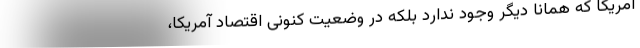
آمریکا که همانا دیگر وجود ندارد بلکه در وضعیت کنونی اقتصاد آمریکا،